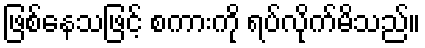
ဖြစ်နေသဖြင့် စကားကို ရပ်လိုက်မိသည်။